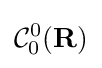
{\mathcal {C}}_{0}^{0}(\mathbf {R} )